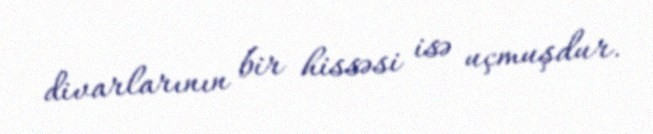
divarlarının bir hissəsi isə uçmuşdur.